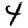
Digit: 4